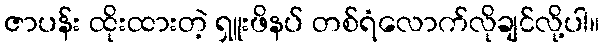
ဇာပန်း ထိုးထားတဲ့ ရှူးဖိနပ် တစ်ရံလောက်လိုချင်လို့ပါ။